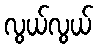
လွယ်လွယ်